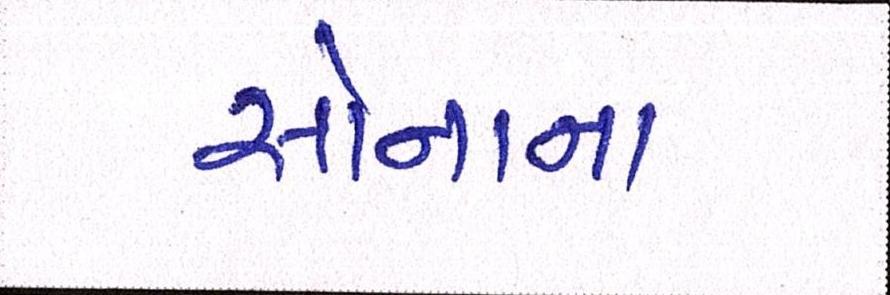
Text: સોનાના